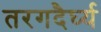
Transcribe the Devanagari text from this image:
तरगदैर्घ्य